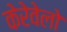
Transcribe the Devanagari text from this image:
केरेवेलो